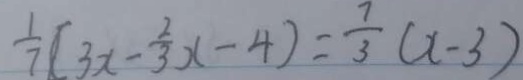
\frac { 1 } { 7 } ( 3 x - \frac { 2 } { 3 } x - 4 ) = \frac { 7 } { 3 } ( x - 3 )